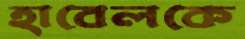
হাবেলকে